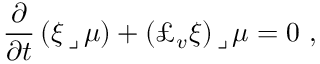
\frac \partial { \partial t } \, ( \xi \, \lrcorner \, \mu ) + ( \pounds _ { v } \xi ) \, \lrcorner \, \mu = 0 \ ,